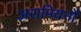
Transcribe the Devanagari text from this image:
अरामियनों